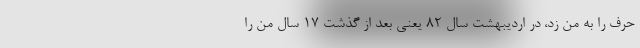
حرف را به من زد، در اردیبهشت سال ۸۲ یعنی بعد از گذشت ۱۷ سال من را